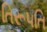
તિરૂપતિ